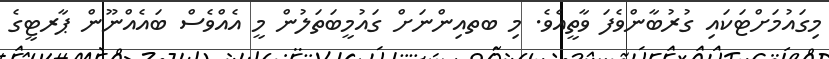
މިގައުމަށްޓަކައި ގުރުބާންވެފަ ވާތީއެވެ. މި ބތއިންނަށް ގައުމީބަތަލުން މީ އެއްވެސް ބައެއްނޫން ޕާރޓީގެ